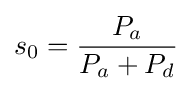
s_{0}={\frac {P_{a}}{P_{a}+P_{d}}}